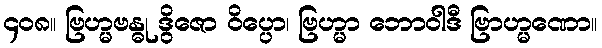
၄၀၈။ ဗြဟ္မဗန္ဓု ဒွိဇော ဝိပ္ပော၊ ဗြဟ္မာ ဘောဝါဒီ ဗြာဟ္မဏော။